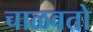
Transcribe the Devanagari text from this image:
चाळवतो